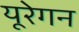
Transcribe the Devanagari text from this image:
यूरेगन